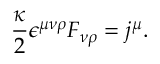
\frac { \kappa } { 2 } \epsilon ^ { \mu \nu \rho } F _ { \nu \rho } = j ^ { \mu } .